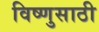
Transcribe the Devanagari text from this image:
विष्णुसाठी